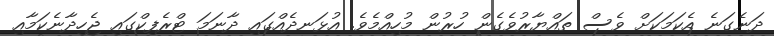
ދަނެގަނެ އެކަމަކަށް ވެސް ތައްޔާރުވެގެން ހުރުން މުހިއްމެވެ. އުޅަނދެއްގައި ދާނަމަ ޓްރެފިކްގައި ޖެހިދާނެކަމާއި